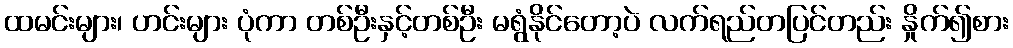
ထမင်းများ၊ ဟင်းများ ပုံကာ တစ်ဦးနှင့်တစ်ဦး မရွံနိုင်တော့ပဲ လက်ရည်တပြင်တည်း နှိုက်၍စား